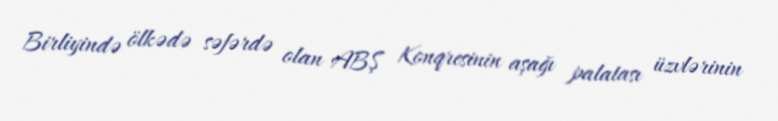
Birliyində ölkədə səfərdə olan ABŞ Konqresinin aşağı palatası üzvlərinin